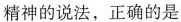
精神的说法，正确的是